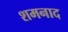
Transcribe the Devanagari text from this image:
शमनाद